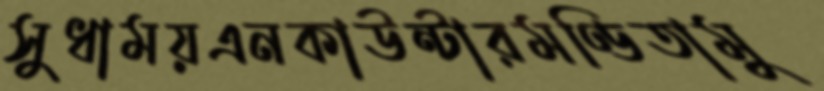
সুধাময়এনকাউন্টারমণ্ডিতামু